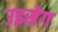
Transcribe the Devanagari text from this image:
उइसेग